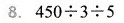
8.$$4 5 0 \div 3 \div 5$$